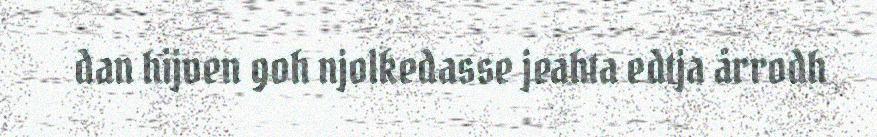
dan hijven goh njolkedasse jeahta edtja årrodh